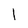
Character: 1